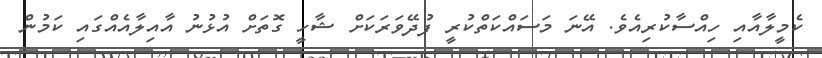
ކެމީލާއާއި ހިއްސާކުރިއެވެ. އޭނަ މަސައްކަތްކުރީ ފުދޭވަރަކަށް ޝާހީ ގޮތަށް އުޅުނު އާއިލާއެއްގައި ކަމުން